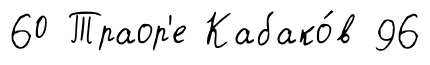
60 Траор'е Кабако́в 96